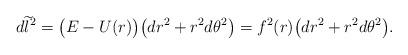
LaTeX: \begin{align*}d \widetilde{l}^2 = \big( E - U(r) \big) \big( d r^2 + r^2 d \theta^2 \big) = f^2 (r) \big( d r^2 + r^2 d \theta^2 \big).\end{align*}